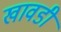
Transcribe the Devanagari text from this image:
खावडी